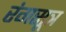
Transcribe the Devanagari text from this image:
रंगसूत्र